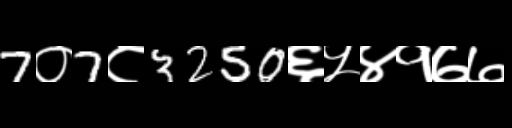
Text: 7०7८3250६५४१७७